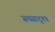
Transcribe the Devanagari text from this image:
रूपसादृश्य